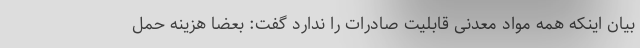
بیان اینکه همه مواد معدنی قابلیت صادرات را ندارد گفت: بعضا هزینه حمل